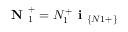
\textbf { N } _ { 1 } ^ { + } = N _ { 1 } ^ { + } \textbf { i } _ { \{ N 1 + \} }